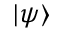
| \psi \rangle